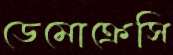
ডেমোক্রেসি